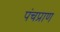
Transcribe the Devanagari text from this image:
पंचप्राण